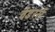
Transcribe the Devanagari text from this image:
वेंडरर्स